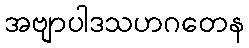
အဗျာပါဒသဟဂတေန